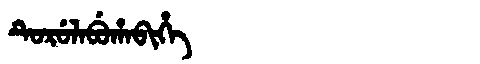
Manchu: ᡨᡠᡵᡠᠯᠠᠪᡠᡥᠠᠪᡳᡥᡝ
Romanization: TURULABUHABIHE